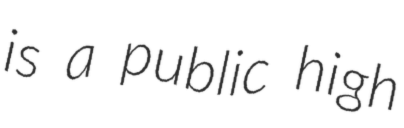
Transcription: is a public high